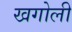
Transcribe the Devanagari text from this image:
खगोली